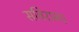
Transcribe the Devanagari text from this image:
सविराम।